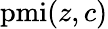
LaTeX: \mathrm{pmi}(z,c)